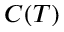
C ( T )